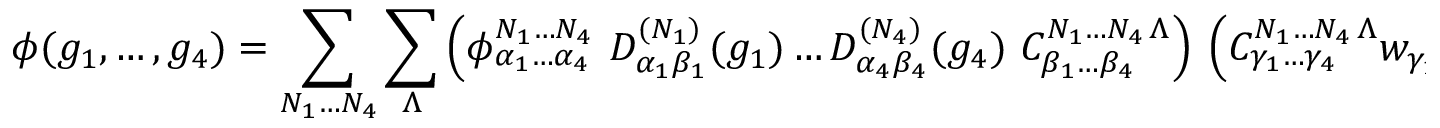
\phi ( g _ { 1 } , \ldots , g _ { 4 } ) = \sum _ { N _ { 1 } \ldots N _ { 4 } } \sum _ { \Lambda } \left( \phi _ { \alpha _ { 1 } \ldots \alpha _ { 4 } } ^ { N _ { 1 } \ldots N _ { 4 } } \ D _ { \alpha _ { 1 } \beta _ { 1 } } ^ { ( N _ { 1 } ) } ( g _ { 1 } ) \ldots D _ { \alpha _ { 4 } \beta _ { 4 } } ^ { ( N _ { 4 } ) } ( g _ { 4 } ) \ C _ { \beta _ { 1 } \ldots \beta _ { 4 } } ^ { N _ { 1 } \ldots N _ { 4 } \, \Lambda } \right) \ \left( { C } _ { \gamma _ { 1 } \ldots \gamma _ { 4 } } ^ { N _ { 1 } \ldots N _ { 4 } \, \Lambda } w _ { \gamma _ { 1 } } \ldots w _ { \gamma _ { 4 } } \right) .